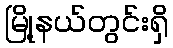
မြို့နယ်တွင်းရှိ